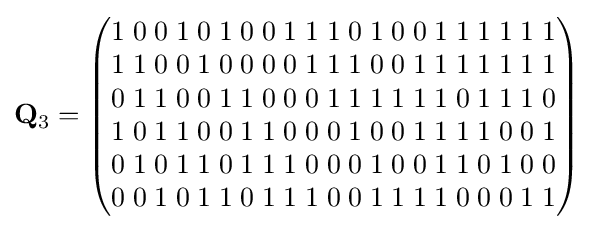
\mathbf {Q} _{3}={\begin{pmatrix}1\;0\;0\;1\;0\;1\;0\;0\;1\;1\;1\;0\;1\;0\;0\;1\;1\;1\;1\;1\;1\\1\;1\;0\;0\;1\;0\;0\;0\;0\;1\;1\;1\;0\;0\;1\;1\;1\;1\;1\;1\;1\\0\;1\;1\;0\;0\;1\;1\;0\;0\;0\;1\;1\;1\;1\;1\;1\;0\;1\;1\;1\;0\\1\;0\;1\;1\;0\;0\;1\;1\;0\;0\;0\;1\;0\;0\;1\;1\;1\;1\;0\;0\;1\\0\;1\;0\;1\;1\;0\;1\;1\;1\;0\;0\;0\;1\;0\;0\;1\;1\;0\;1\;0\;0\\0\;0\;1\;0\;1\;1\;0\;1\;1\;1\;0\;0\;1\;1\;1\;1\;0\;0\;0\;1\;1\end{pmatrix}}